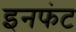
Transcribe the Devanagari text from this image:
इनफंट